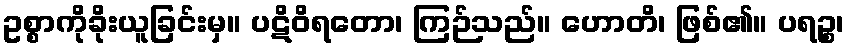
ဥစ္စာကိုခိုးယူခြင်းမှ။ ပဋိဝိရတော၊ ကြဉ်သည်။ ဟောတိ၊ ဖြစ်၏။ ပရဉ္စ၊